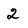
Character: 2